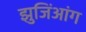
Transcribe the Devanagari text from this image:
झुजिंआंग